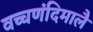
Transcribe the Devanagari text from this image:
वच्चणंदिमालै